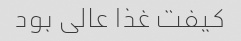
کیفت غذا عالی بود